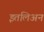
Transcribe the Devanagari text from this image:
इतलिअन